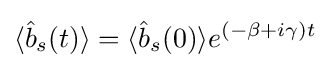
\langle {\hat {b}}_{s}(t)\rangle =\langle {\hat {b}}_{s}(0)\rangle e^{(-\beta +i\gamma )t}